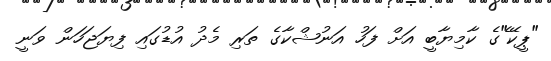
"ޕީކޭ"ެގެ ކާމިޔާބީ އަށް ފަހު އަނުޝްކާގެ ތަރި މެދު އުޑުގައި ފިޔަޖަހަން ވަނީ